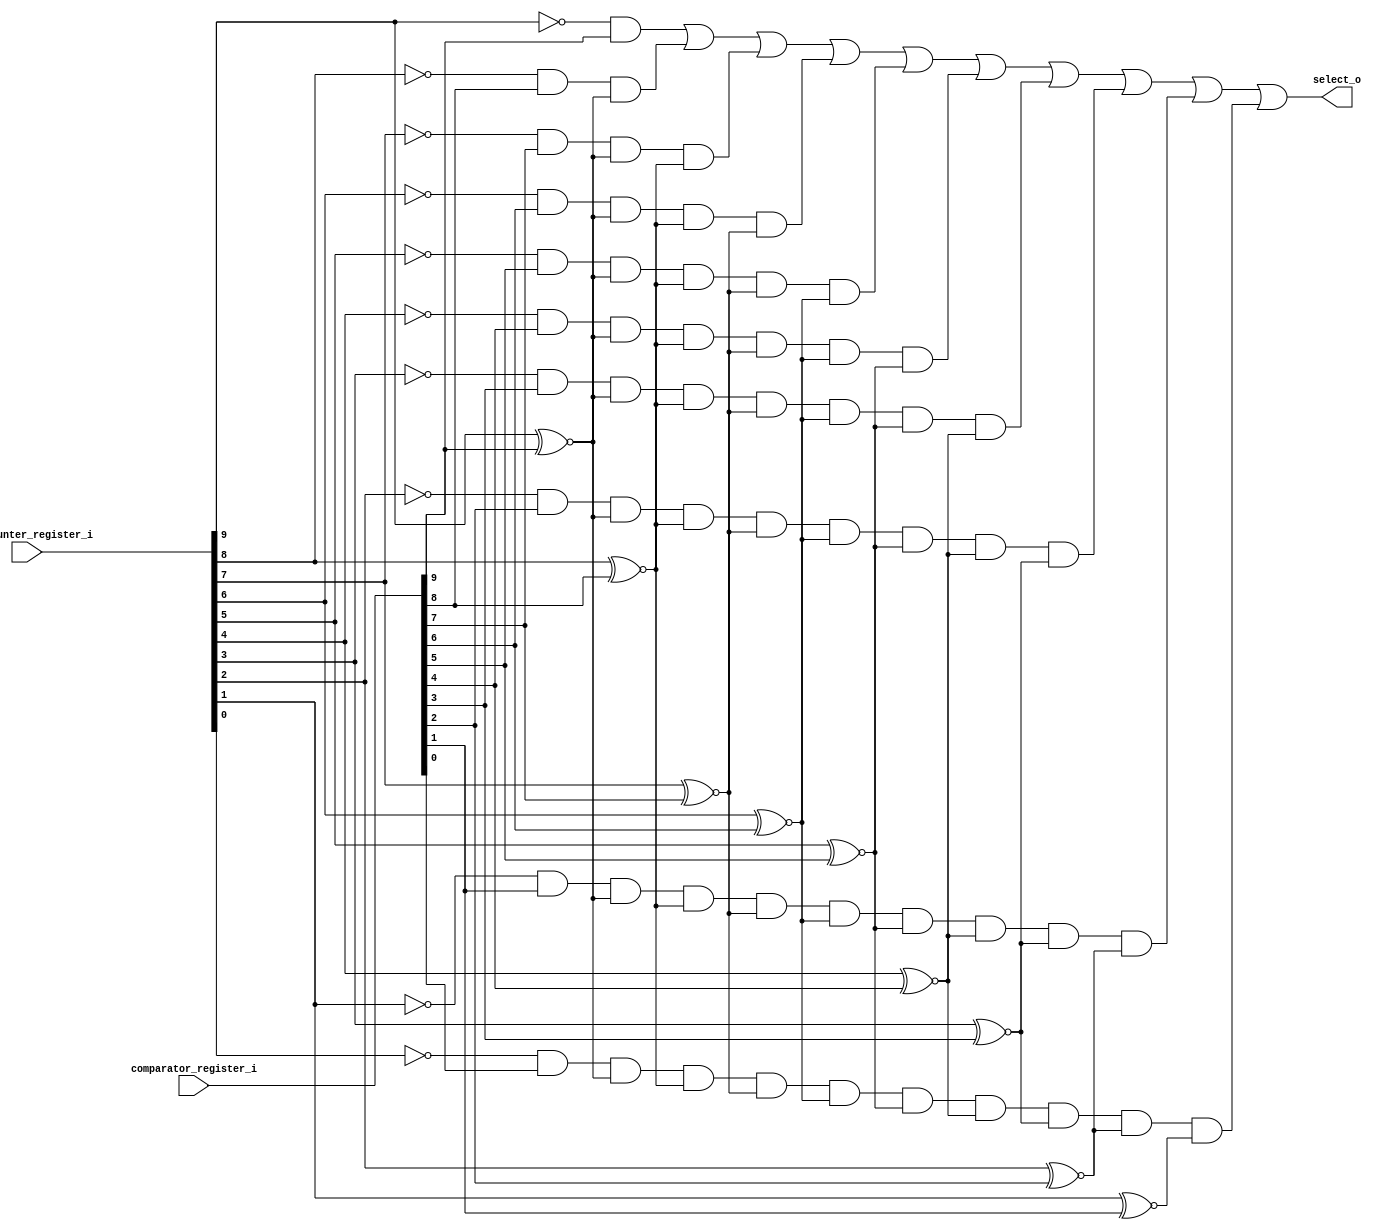
module comparator (
	input [9:0] bit_counter_register_i,
  input [9:0] comparator_register_i,

	output select_o // Output is bit_counter_register_i < comparator_register_i
);

// https://en.wikipedia.org/wiki/Digital_comparator#Implementation
// 9 is MSB and 0 is LSB
wire x9;
wire x8;
wire x7;
wire x6;
wire x5;
wire x4;
wire x3;
wire x2;
wire x1;

assign x9 = bit_counter_register_i[9] ~^ comparator_register_i[9];
assign x8 = bit_counter_register_i[8] ~^ comparator_register_i[8];
assign x7 = bit_counter_register_i[7] ~^ comparator_register_i[7];
assign x6 = bit_counter_register_i[6] ~^ comparator_register_i[6];
assign x5 = bit_counter_register_i[5] ~^ comparator_register_i[5];
assign x4 = bit_counter_register_i[4] ~^ comparator_register_i[4];
assign x3 = bit_counter_register_i[3] ~^ comparator_register_i[3];
assign x2 = bit_counter_register_i[2] ~^ comparator_register_i[2];
assign x1 = bit_counter_register_i[1] ~^ comparator_register_i[1];

assign select_o = ~bit_counter_register_i[9] & comparator_register_i[9] |
                  ~bit_counter_register_i[8] & comparator_register_i[8] & x9 |
                  ~bit_counter_register_i[7] & comparator_register_i[7] & x9 & x8 |
                  ~bit_counter_register_i[6] & comparator_register_i[6] & x9 & x8 & x7 |
                  ~bit_counter_register_i[5] & comparator_register_i[5] & x9 & x8 & x7 & x6 |
                  ~bit_counter_register_i[4] & comparator_register_i[4] & x9 & x8 & x7 & x6 & x5 |
                  ~bit_counter_register_i[3] & comparator_register_i[3] & x9 & x8 & x7 & x6 & x5 & x4 |
                  ~bit_counter_register_i[2] & comparator_register_i[2] & x9 & x8 & x7 & x6 & x5 & x4 & x3 |
                  ~bit_counter_register_i[1] & comparator_register_i[1] & x9 & x8 & x7 & x6 & x5 & x4 & x3 & x2 |
                  ~bit_counter_register_i[0] & comparator_register_i[0] & x9 & x8 & x7 & x6 & x5 & x4 & x3 & x2 & x1;

endmodule